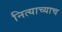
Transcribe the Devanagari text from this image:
नित्याच्याच